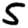
Digit: 5